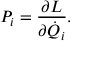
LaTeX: P _ { i } = { \frac { \partial L } { \partial { \dot { Q } } _ { i } } } .